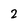
Character: 2